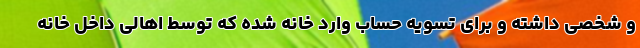
و شخصی داشته و برای تسویه حساب وارد خانه شده که توسط اهالی داخل خانه